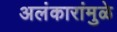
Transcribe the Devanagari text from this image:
अलंकारांमुळे